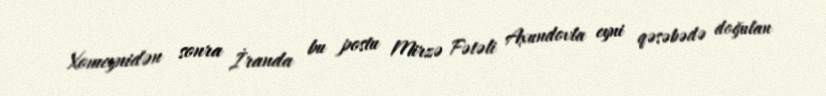
Xomeynidən sonra İranda bu postu Mirzə Fətəli Axundovla eyni qəsəbədə doğulan